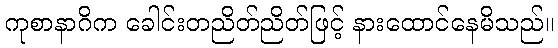
ကုစာနာဂိက ခေါင်းတညိတ်ညိတ်ဖြင့် နားထောင်နေမိသည်။